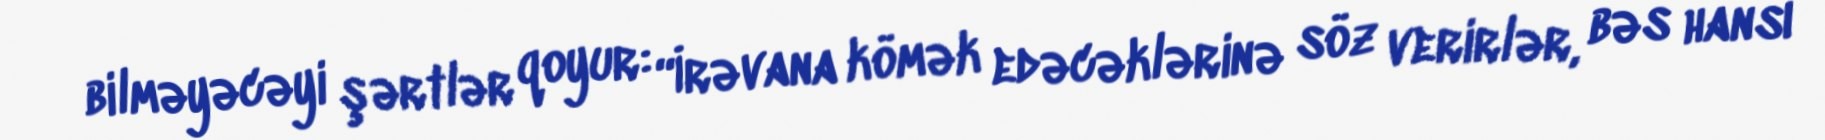
bilməyəcəyi şərtlər qoyur: “İrəvana kömək edəcəklərinə söz verirlər, bəs hansı